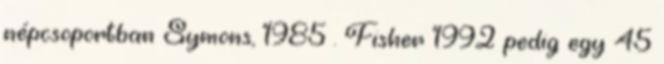
népcsoportban Symons, 1985 . Fisher 1992 pedig egy 45